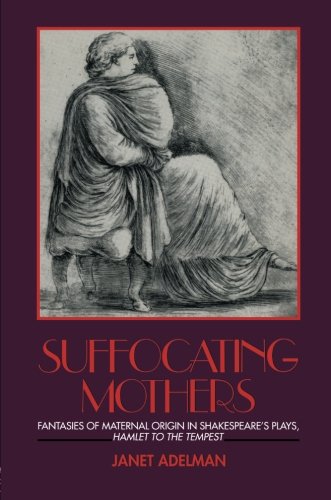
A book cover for Suffocating Mothers: Fantasies of Maternal Origin in Shakespeare's Plays, Hamlet to the Tempest; Janet Adelman; Science Fiction & Fantasy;